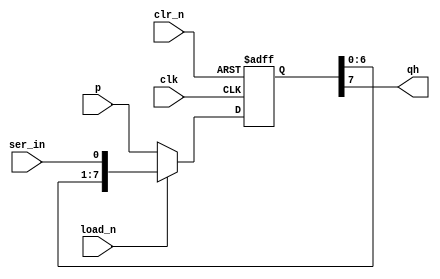
`timescale 1ns / 1ps
//////////////////////////////////////////////////////////////////////////////////
// Company: 
// Engineer: 
// 
// Design Name: 
// Module Name: ic_74166
// Project Name: 
// Target Devices: 
// Tool Versions: 
// Description: Parallel-Load 8-Bit Shift Registers
// 
// Dependencies: 
// 
// Revision:
// Revision 0.01 - File Created
// Additional Comments:
// Instantation: 
//   ic_74166 u0 ( .clk(), .ser_in(), .p(), .load_n(), .clr_n(), .qh() );
// 
//////////////////////////////////////////////////////////////////////////////////


module ic_74166(
    input clk,
    input ser_in,
    input [7:0] p,
    input load_n,
    input clr_n,
    output qh 
    );
    
    reg [7:0] tmp;

    initial
    begin
        tmp <= 0;
    end
    
    always @(posedge clk, negedge clr_n)
    begin
        if ( ! clr_n )
            tmp <= 0;
        else
            if ( ! load_n )
                tmp <= p;
            else
                tmp <= {tmp[6:0], ser_in};
    end
    
    assign qh = tmp[7];
    
endmodule